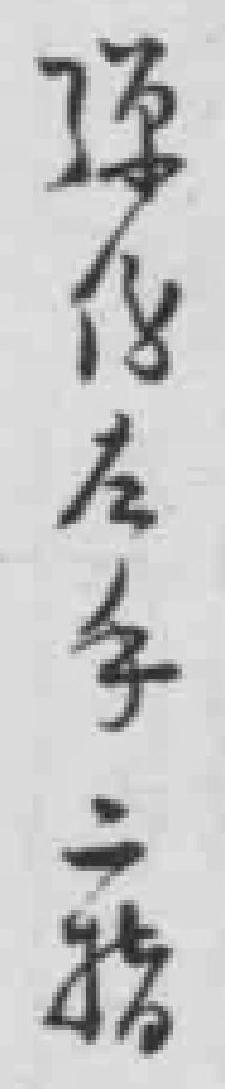
彈傷左手二指